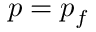
p = p _ { f }